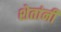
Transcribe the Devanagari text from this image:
शेतांनी